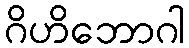
ဂိဟိဘောဂါ